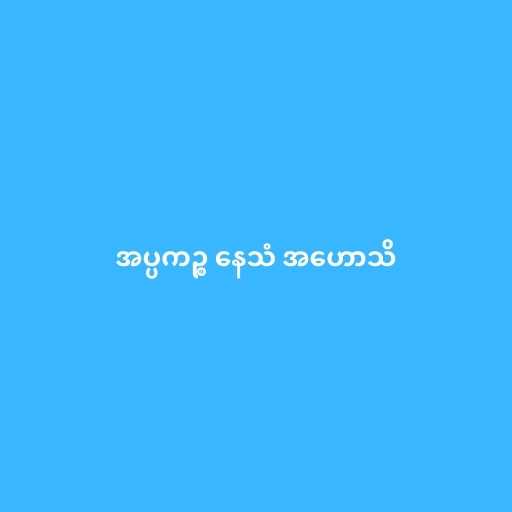
အပ္ပကဉ္စ နေသံ အဟောသိ